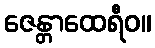
ဇေန္တာထေရီဝ။